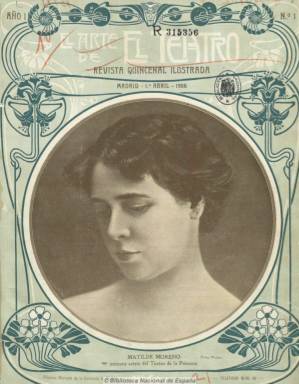
Título: El Arte de el teatro (Madrid. 1906)
Otros títulos: Título: Arte del teatro, 1907-1908
Colección: Teatro
Ámbito geográfico: Madrid
Lugar de publicación: Madrid
Fechas: 01/04/1906-15/12/1908

Subtitulada “revista quincenal ilustrada”, aparece el uno de abril de 1906,  pudiéndose considerar como continuación de El teatro (1900-1905), a juicio de Mariano Martín Rodríguez que en su trabajo de 1993 menciona la “gran belleza” de su composición y sus adornos gráficos de aire modernista, resaltando de ella la abundancia de sus ilustraciones, generalmente fotografías, que representan un material gráfico muy valioso de una época de profundos cambios en las costumbres de una sociedad con una desbordada afición al teatro lírico y otros numerosos espectáculos (zarzuelas, revistas, variedades y otras piezas del género chico e ínfimo) que se representaban en salones, cafés cantantes, cabarés y otros círculos y salas de diversa índole, a los que se suma ahora el nuevo espectáculo del cinematógrafo. Esta gran pasión del público trajo consigo en esa primera década del siglo veinte la aparición de revistas, así como los suplementos especiales de algunos diarios, dedicadas a la divulgación del mundo de la farándula, en la que destacó esta publicación.

Aparece los días uno y quince de cada mes, en entregas de dieciséis páginas, a las que se suman las cuatro de las cubiertas y la dos láminas embuchadas con fotografías, caricaturas y dibujos de los más destacados autores y actores, como José Echegaray, Tomás Bretón, Manuel Fernández Caballero, Carlos Arniches o Jacinto Benavente, entre otros. Es dirigida por Enrique Contreras y Camargo, que ya había colaborado en El teatro (1900-1905), y entre sus más frecuentes firmas se encuentran las de Enrique Sa del Rey, Juan María Soler, Diógenes Ferrrand y Eduardo Zamacois, así como las de A. Sánchez Pérez o Juan de la Encina, aunque la mayor parte de sus textos son firmados con seudónimo: Armando Gresca, Bachiller Bambalina, Candileja o Bergerac, muy probablemente utilizados por su director. Las firmas de sus fotografías corresponden a Alfonso, Walter, Gombau, Kaulak, Franzen, Gombau o Cao y Durán, y entre las de sus caricaturistas y dibujantes a H. Mani, Tai Tay o Santana Bonilla. También cuenta con corresponsales en México, La Habana, Puerto Rico, Costa Rica, Buenos Aires, Manila o Nueva York.

La cubierta, impresa a varias tintas, siempre es ocupada por la fotografía de una actriz. La mayor parte de sus textos son recensiones de los principales estrenos, y otros están dedicados a las carreras artísticas de sus protagonistas o a las escenografías y montajes teatrales, iniciando, generalmente, cada número con la sección Crónica teatral, a la que siguen otras dedicadas al teatro en provincias, en América y en el extranjero, y finaliza con otra de Miscelánea teatral, con noticias breves. También tiene espacios dedicados a “glorias nacionales”, “artistas en su intimidad”, “la moda en el teatro” o a monográficos sobre el teatro en provincias. Carmen de Burgos (Colombine) escribirá, en su número de 15 de agosto de 1907, un artículo sobre “El teatro y el cine”. Inserta también anuncios publicitarios.

El título de su cabecera es El arte del teatro y sólo durante su primer año aparece en su cubierta sin la contracción: El arte de el teatro. Edita hasta 66 números, el último corresponde al 25 de diciembre de 1908, por lo que estuvo publicándose tres años.